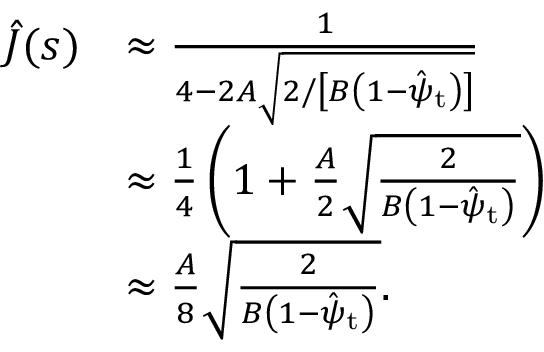
\begin{array} { r l } { \hat { J } ( s ) } & { \approx \frac { 1 } { 4 - 2 A \sqrt { 2 / \left[ B \left( 1 - \hat { \psi } _ { \mathrm { t } } \right) \right] } } } \\ & { \approx \frac { 1 } { 4 } \left( 1 + \frac { A } { 2 } \sqrt { \frac { 2 } { B \left( 1 - \hat { \psi } _ { \mathrm { t } } \right) } } \right) } \\ & { \approx \frac { A } { 8 } \sqrt { \frac { 2 } { B \left( 1 - \hat { \psi } _ { \mathrm { t } } \right) } } . } \end{array}